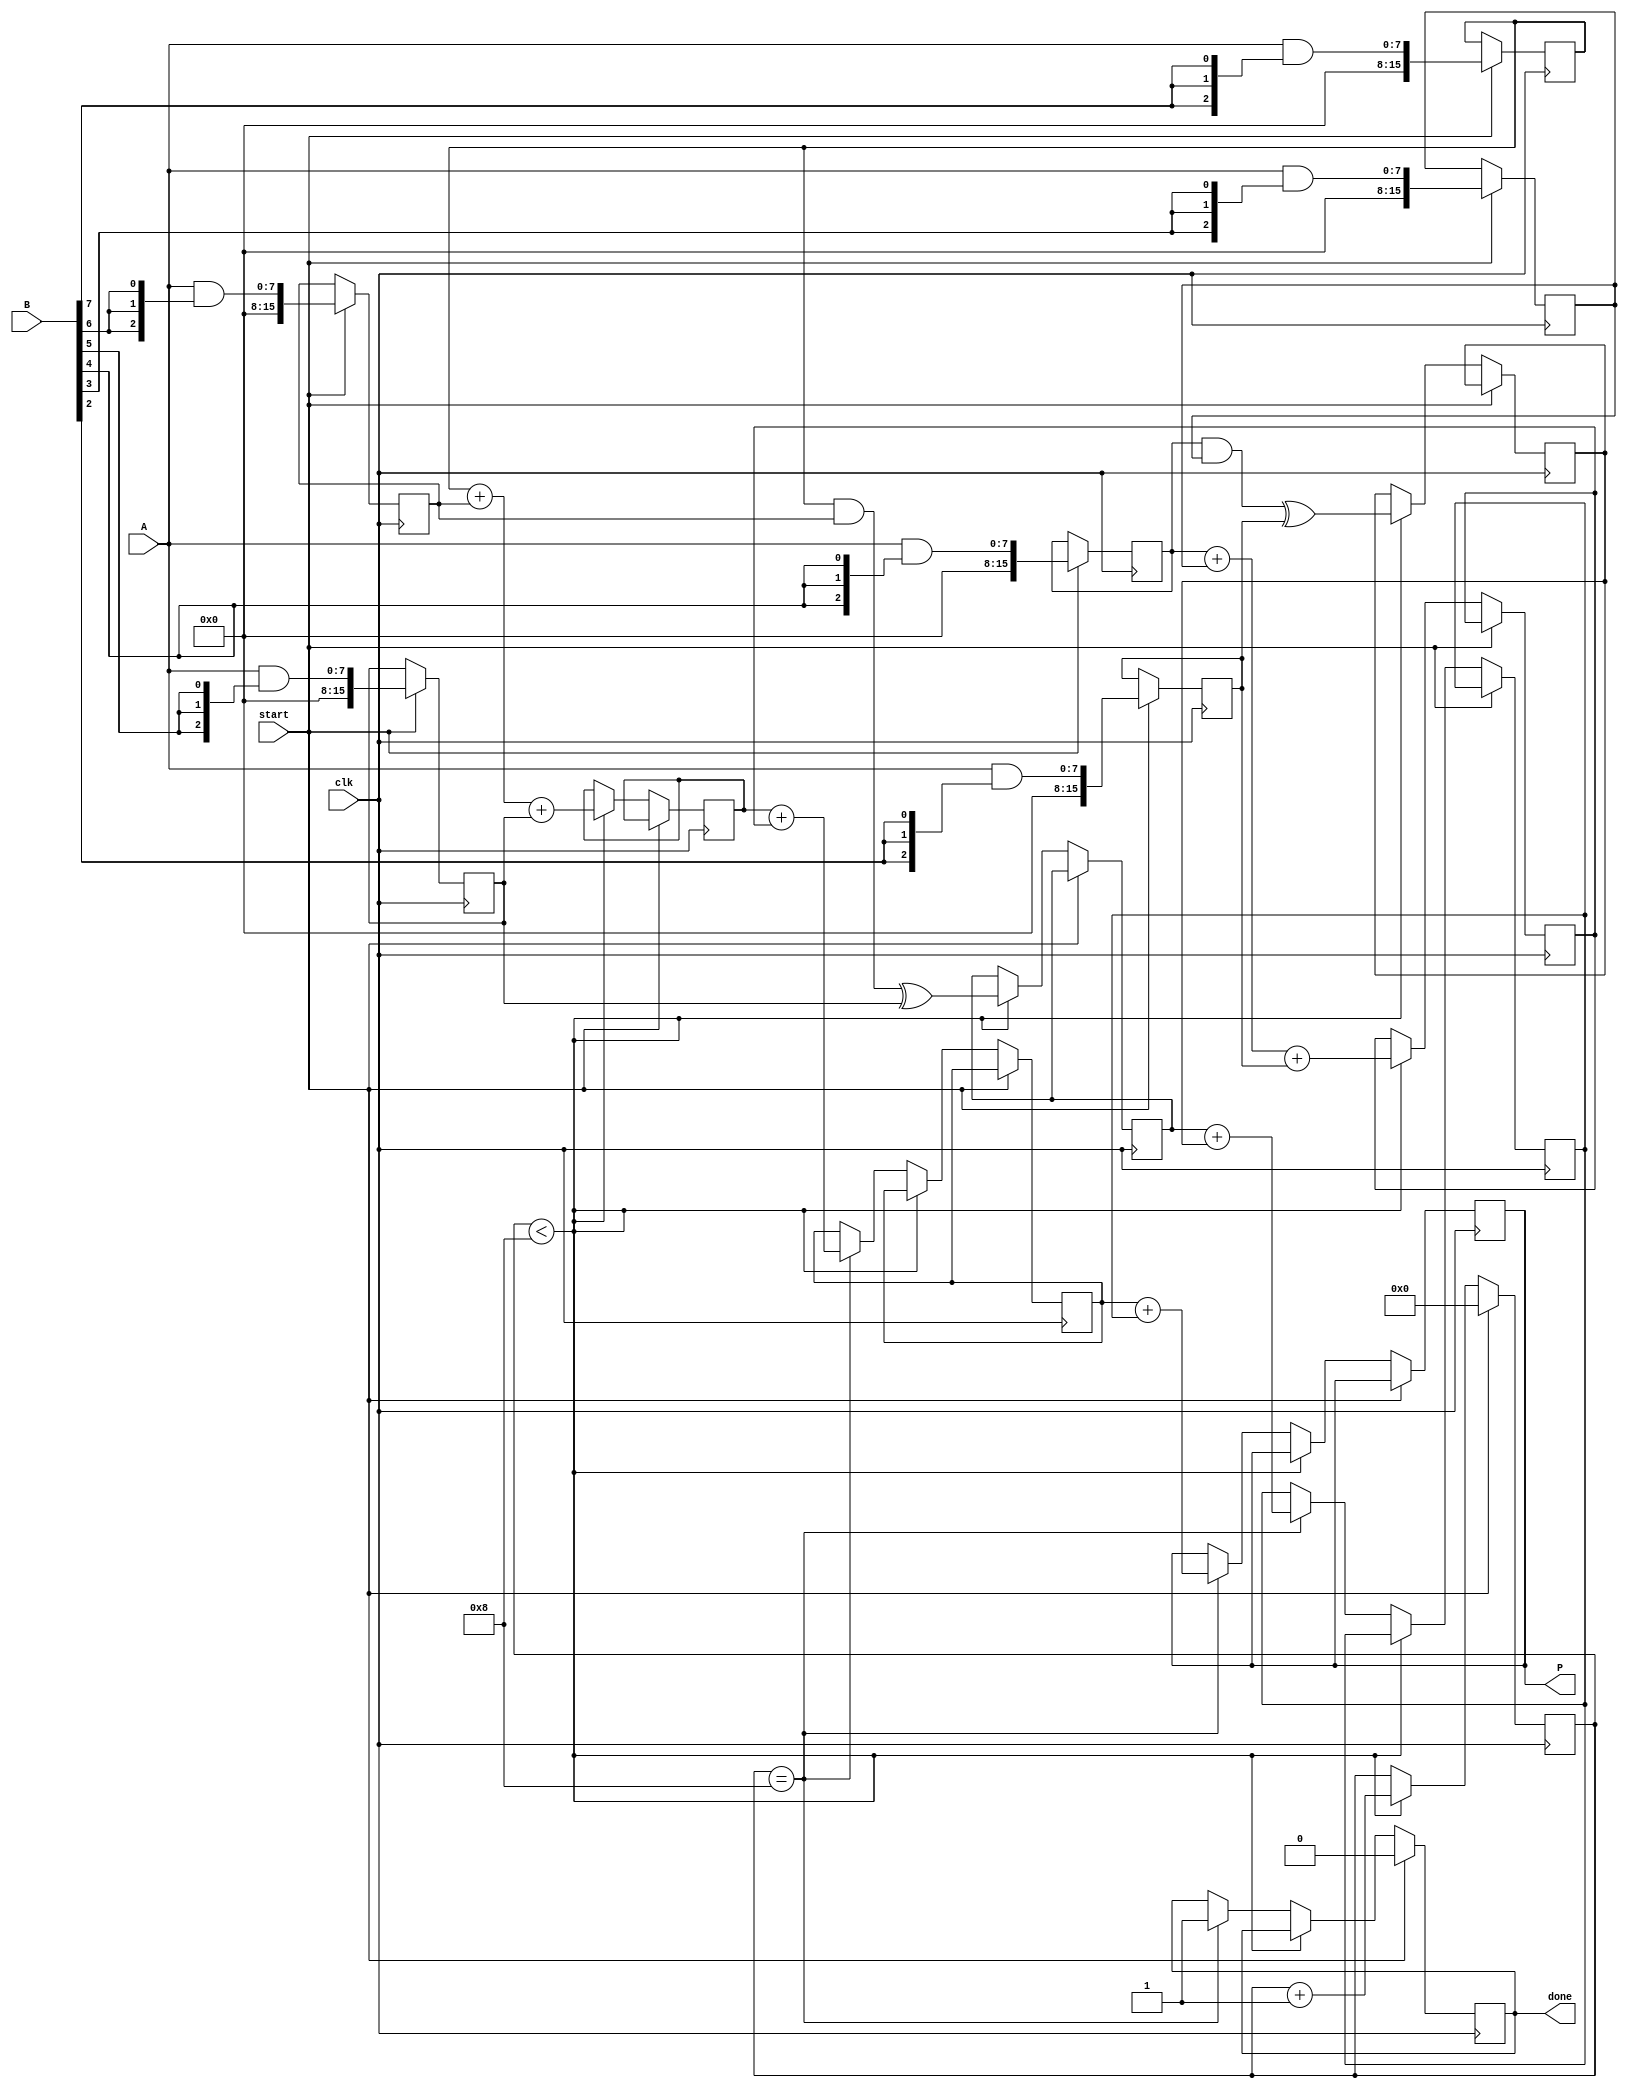
module WallaceTreeMultiplier #(parameter A_WIDTH = 8, B_WIDTH = 8)(
    input  wire [A_WIDTH-1:0] A,        // First operand
    input  wire [B_WIDTH-1:0] B,        // Second operand
    input  wire clk,                     // Clock signal
    input  wire start,                   // Start signal for multiplication
    output reg [A_WIDTH+B_WIDTH-1:0] P, // Product output
    output reg done                     // Indicates when multiplication is complete
);

    // Internal signals
    reg [A_WIDTH+B_WIDTH-1:0] partial_products [0:A_WIDTH-1]; // Array to hold partial products
    reg [A_WIDTH+B_WIDTH-1:0] sum [0:A_WIDTH-1];              // Sum of partial products
    reg [A_WIDTH+B_WIDTH-1:0] carry [0:A_WIDTH-1];            // Carry from addition
    reg [3:0] stage_count; // Counter for stages
    reg [A_WIDTH+B_WIDTH-1:0] final_sum, final_carry;

    // Generate partial products
    integer i, j;
    always @(posedge clk) begin
        if (start) begin
            // Clear previous results
            for (i = 0; i < A_WIDTH; i = i + 1) begin
                partial_products[i] <= A & {B[B_WIDTH-1-i], B[B_WIDTH-1-i], B[B_WIDTH-1-i]}; // Generate partial product
            end
            stage_count <= 0;
            done <= 0;
        end
        else if (stage_count < A_WIDTH) begin
            // Wallace tree reduction logic (grouping three)
            for (i = 0; i < (A_WIDTH + 2) / 3; i = i + 1) begin
                sum[i] <= partial_products[i * 3] + partial_products[i * 3 + 1] + partial_products[i * 3 + 2];
                carry[i] <= (partial_products[i * 3] & partial_products[i * 3 + 1]) ^ (partial_products[i * 3 + 2]);
            end
            
            // Adjust stage count
            stage_count <= stage_count + 1;
        end
        else if (stage_count == A_WIDTH) begin
            // Final addition of remaining two rows
            final_sum <= sum[0] + sum[1];
            final_carry <= carry[0] + carry[1];
            P <= final_sum + final_carry; // Final product
            done <= 1; // Indicate multiplication is complete
        end
    end

endmodule